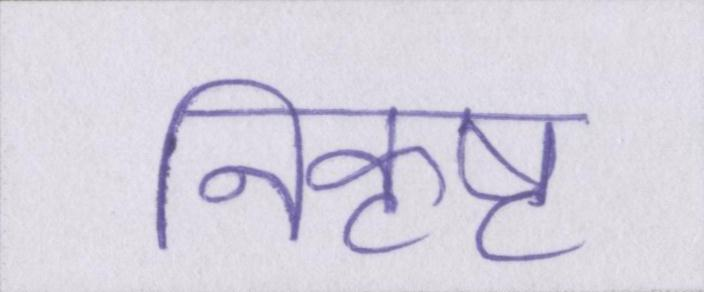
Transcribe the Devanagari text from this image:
निकृष्ट